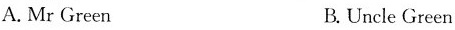
A.Mr Green B.Uncle Green